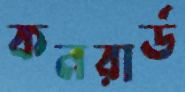
কনরার্ড